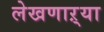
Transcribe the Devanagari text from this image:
लेखणाऱ्या